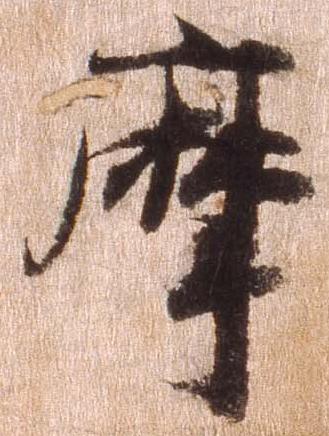
摩